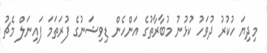
މިދިޔަ ހުކުރު ދުވަހު ކުޅުނު މުބާރާތުގެ އަންހެން ޑިވިޝަނުގެ ފުރަތަމަ ފައިނަލް މެޗު